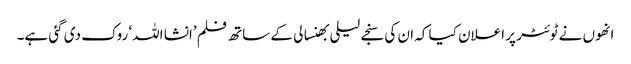
انھوں نے ٹوئٹر پر اعلان کیا کہ ان کی سنجے لیلی بھنسالی کے ساتھ فلم ’انشا اللہ‘ روک دی گئی ہے۔